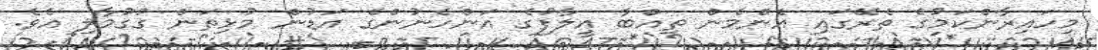
މިހައިރާންކަމުގެ ތެރޭގައި އެންމެން ތިއްބާ އީލާފުގެ އަންހެނުންގެ އަޑުން މުޅިތަން ގުގުމާލި އެވެ.